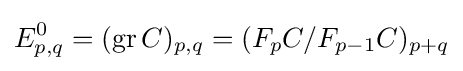
E_{p,q}^{0}=(\operatorname {gr} C)_{p,q}=(F_{p}C/F_{p-1}C)_{p+q}